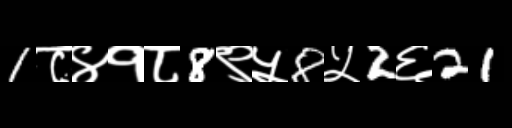
Text: 1८४१८8९५8५2६21